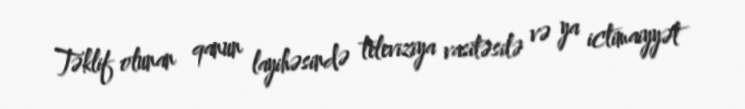
Təklif olunan qanun layihəsində televiziya vasitəsilə və ya ictimaiyyət